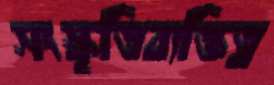
সংস্কৃতিব্যক্তিত্ব